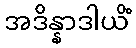
အဒိန္နာဒါယိံ